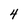
Character: 4